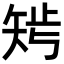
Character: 𥏁